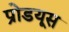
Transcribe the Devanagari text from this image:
प्रोडयूस